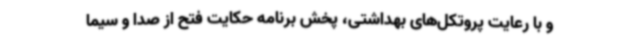
و با رعایت پروتکل‌های بهداشتی، پخش برنامه حکایت فتح از صدا و سیما